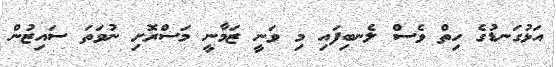
އަޅުގަނޑުގެ ހިތް ވެސް ލެނބިފައި މި ވަނީ ޒަމާނީ މަސްރޮށި ނުވަތަ ސައިޒުން